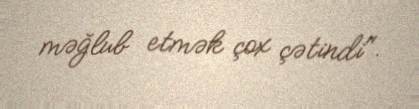
məğlub etmək çox çətindi".